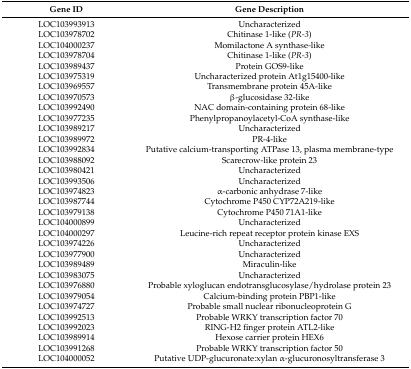
<table><thead><tr><td><b>Gene ID</b></td><td><b>Gene Description</b></td></tr></thead><tbody><tr><td>LOC103993913</td><td>Uncharacterized</td></tr><tr><td>LOC103978702</td><td>Chitinase 1-like (<i>PR-3</i>)</td></tr><tr><td>LOC104000237</td><td>Momilactone A synthase-like</td></tr><tr><td>LOC103978704</td><td>Chitinase 1-like (<i>PR-3</i>)</td></tr><tr><td>LOC103989437</td><td>Protein GOS9-like</td></tr><tr><td>LOC103975319</td><td>Uncharacterized protein At1g15400-like</td></tr><tr><td>LOC103969557</td><td>Transmembrane protein 45A-like</td></tr><tr><td>LOC103970573</td><td>β-glucosidase 32-like</td></tr><tr><td>LOC103992490</td><td>NAC domain-containing protein 68-like</td></tr><tr><td>LOC103977235</td><td>Phenylpropanoylacetyl-CoA synthase-like</td></tr><tr><td>LOC103989217</td><td>Uncharacterized</td></tr><tr><td>LOC103989972</td><td>PR-4-like</td></tr><tr><td>LOC103992834</td><td>Putative calcium-transporting ATPase 13, plasma membrane-type</td></tr><tr><td>LOC103988092</td><td>Scarecrow-like protein 23</td></tr><tr><td>LOC103980421</td><td>Uncharacterized</td></tr><tr><td>LOC103993506</td><td>Uncharacterized</td></tr><tr><td>LOC103974823</td><td>α-carbonic anhydrase 7-like</td></tr><tr><td>LOC103987744</td><td>Cytochrome P450 CYP72A219-like</td></tr><tr><td>LOC103979138</td><td>Cytochrome P450 71A1-like</td></tr><tr><td>LOC104000899</td><td>Uncharacterized</td></tr><tr><td>LOC104000297</td><td>Leucine-rich repeat receptor protein kinase EXS</td></tr><tr><td>LOC103974226</td><td>Uncharacterized</td></tr><tr><td>LOC103977900</td><td>Uncharacterized</td></tr><tr><td>LOC103989489</td><td>Miraculin-like</td></tr><tr><td>LOC103983075</td><td>Uncharacterized</td></tr><tr><td>LOC103976880</td><td>Probable xyloglucan endotransglucosylase/hydrolase protein 23</td></tr><tr><td>LOC103979054</td><td>Calcium-binding protein PBP1-like</td></tr><tr><td>LOC103974727</td><td>Probable small nuclear ribonucleoprotein G</td></tr><tr><td>LOC103992513</td><td>Probable WRKY transcription factor 70</td></tr><tr><td>LOC103992023</td><td>RING-H2 finger protein ATL2-like</td></tr><tr><td>LOC103989914</td><td>Hexose carrier protein HEX6</td></tr><tr><td>LOC103991268</td><td>Probable WRKY transcription factor 50</td></tr><tr><td>LOC104000052</td><td>Putative UDP-glucuronate:xylan α-glucuronosyltransferase 3</td></tr></tbody></table>